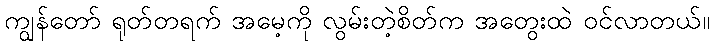
ကျွန်တော် ရုတ်တရက် အမေ့ကို လွမ်းတဲ့စိတ်က အတွေးထဲ ဝင်လာတယ်။